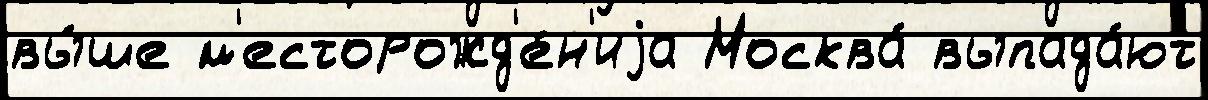
вы́ше м'есторожд'е́н'иjа Москва́ выпада́ют